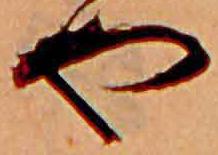
や